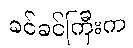
ခင်ခင်ကြီးက